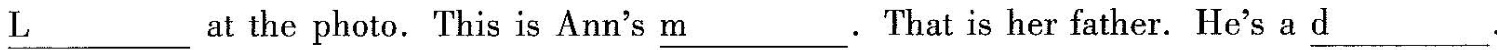
\underline{L} at the photo. This is Ann's \underline{m}.That is her father. He's a \underline{d}.